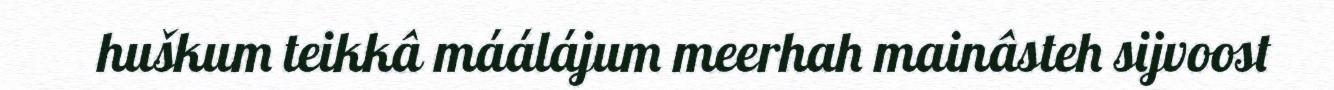
huškum teikkâ máálájum meerhah mainâsteh sijvoost